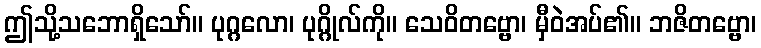
ဤသို့သဘောရှိသော်။ ပုဂ္ဂလော၊ ပုဂ္ဂိုလ်ကို။ သေဝိတဗ္ဗော၊ မှီဝဲအပ်၏။ ဘဇိတဗ္ဗော၊